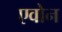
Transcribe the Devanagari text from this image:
एवोन